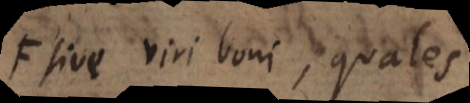
sive viri boni, quales